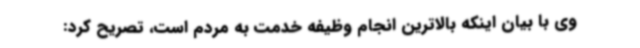
وی با بیان اینکه بالاترین انجام وظیفه خدمت به مردم است، تصریح کرد: